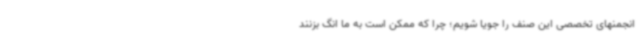
انجمنهای تخصصی این صنف را جویا شویم؛ چرا که ممکن است به ما انگ بزنند